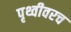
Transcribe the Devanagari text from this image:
पृथ्वीवरच